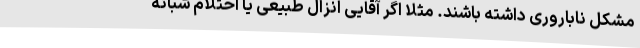
مشکل ناباروری داشته باشند. مثلاً اگر آقایی انزال طبیعی یا احتلام شبانه